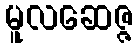
မူလဆေဇ္ဇ